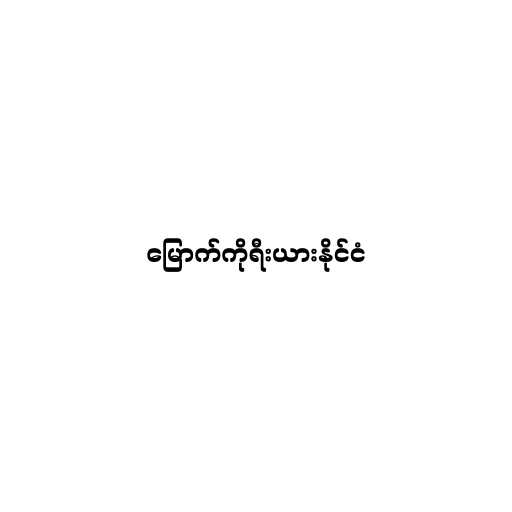
မြောက်ကိုရီးယားနိုင်ငံ